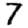
Digit: 7